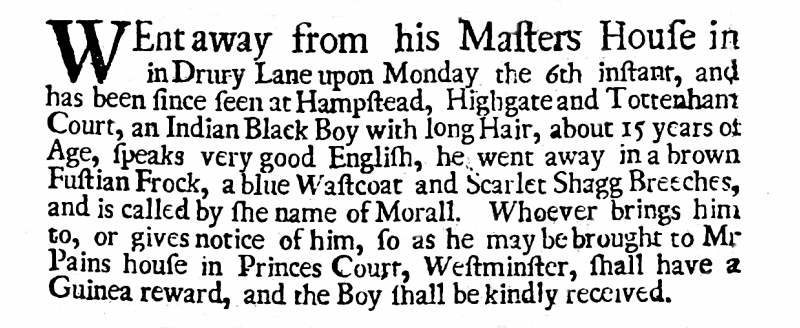
Post Man and the Historical Account, 16 July 1702 (England)
WEnt away from his Masters House in Drury Lane upon Monday the 6th instant, and has been since seen at Hampstead, Highgate, and Tottenham Court, an Indian Black Boy with long Hair, about 15 years of Age, speaks very good English, he went away in a brown Fustian Frock, a blue Wastcoat, and Scarlet Shagg Breeches, and is called by the name of Morall. Whoever brings him to, or gives notice of him, so as he may be brought to Mr Pains house in Princes Court, Westminster, shall have a Guinea reward, and the Boy shall be kindly received.